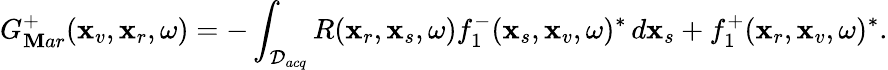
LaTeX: G_{\mathbf{M}ar}^{+}(\textbf{{x}}_{v},\textbf{{x}}_{r},\omega)=-\int_{\mathcal{{D}}_{acq}}R(\textbf{{x}}_{r},\textbf{{x}}_{s},\omega)f_{1}^{-}(\textbf{{x}}_{s},\textbf{{x}}_{v},\omega)^{*}\, d\textbf{{x}}_{s}+f_{1}^{+}(\textbf{{x}}_{r},\textbf{{x}}_{v},\omega)^{*}.